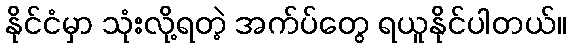
နိုင်ငံမှာ သုံးလို့ရတဲ့ အက်ပ်တွေ ရယူနိုင်ပါတယ်။